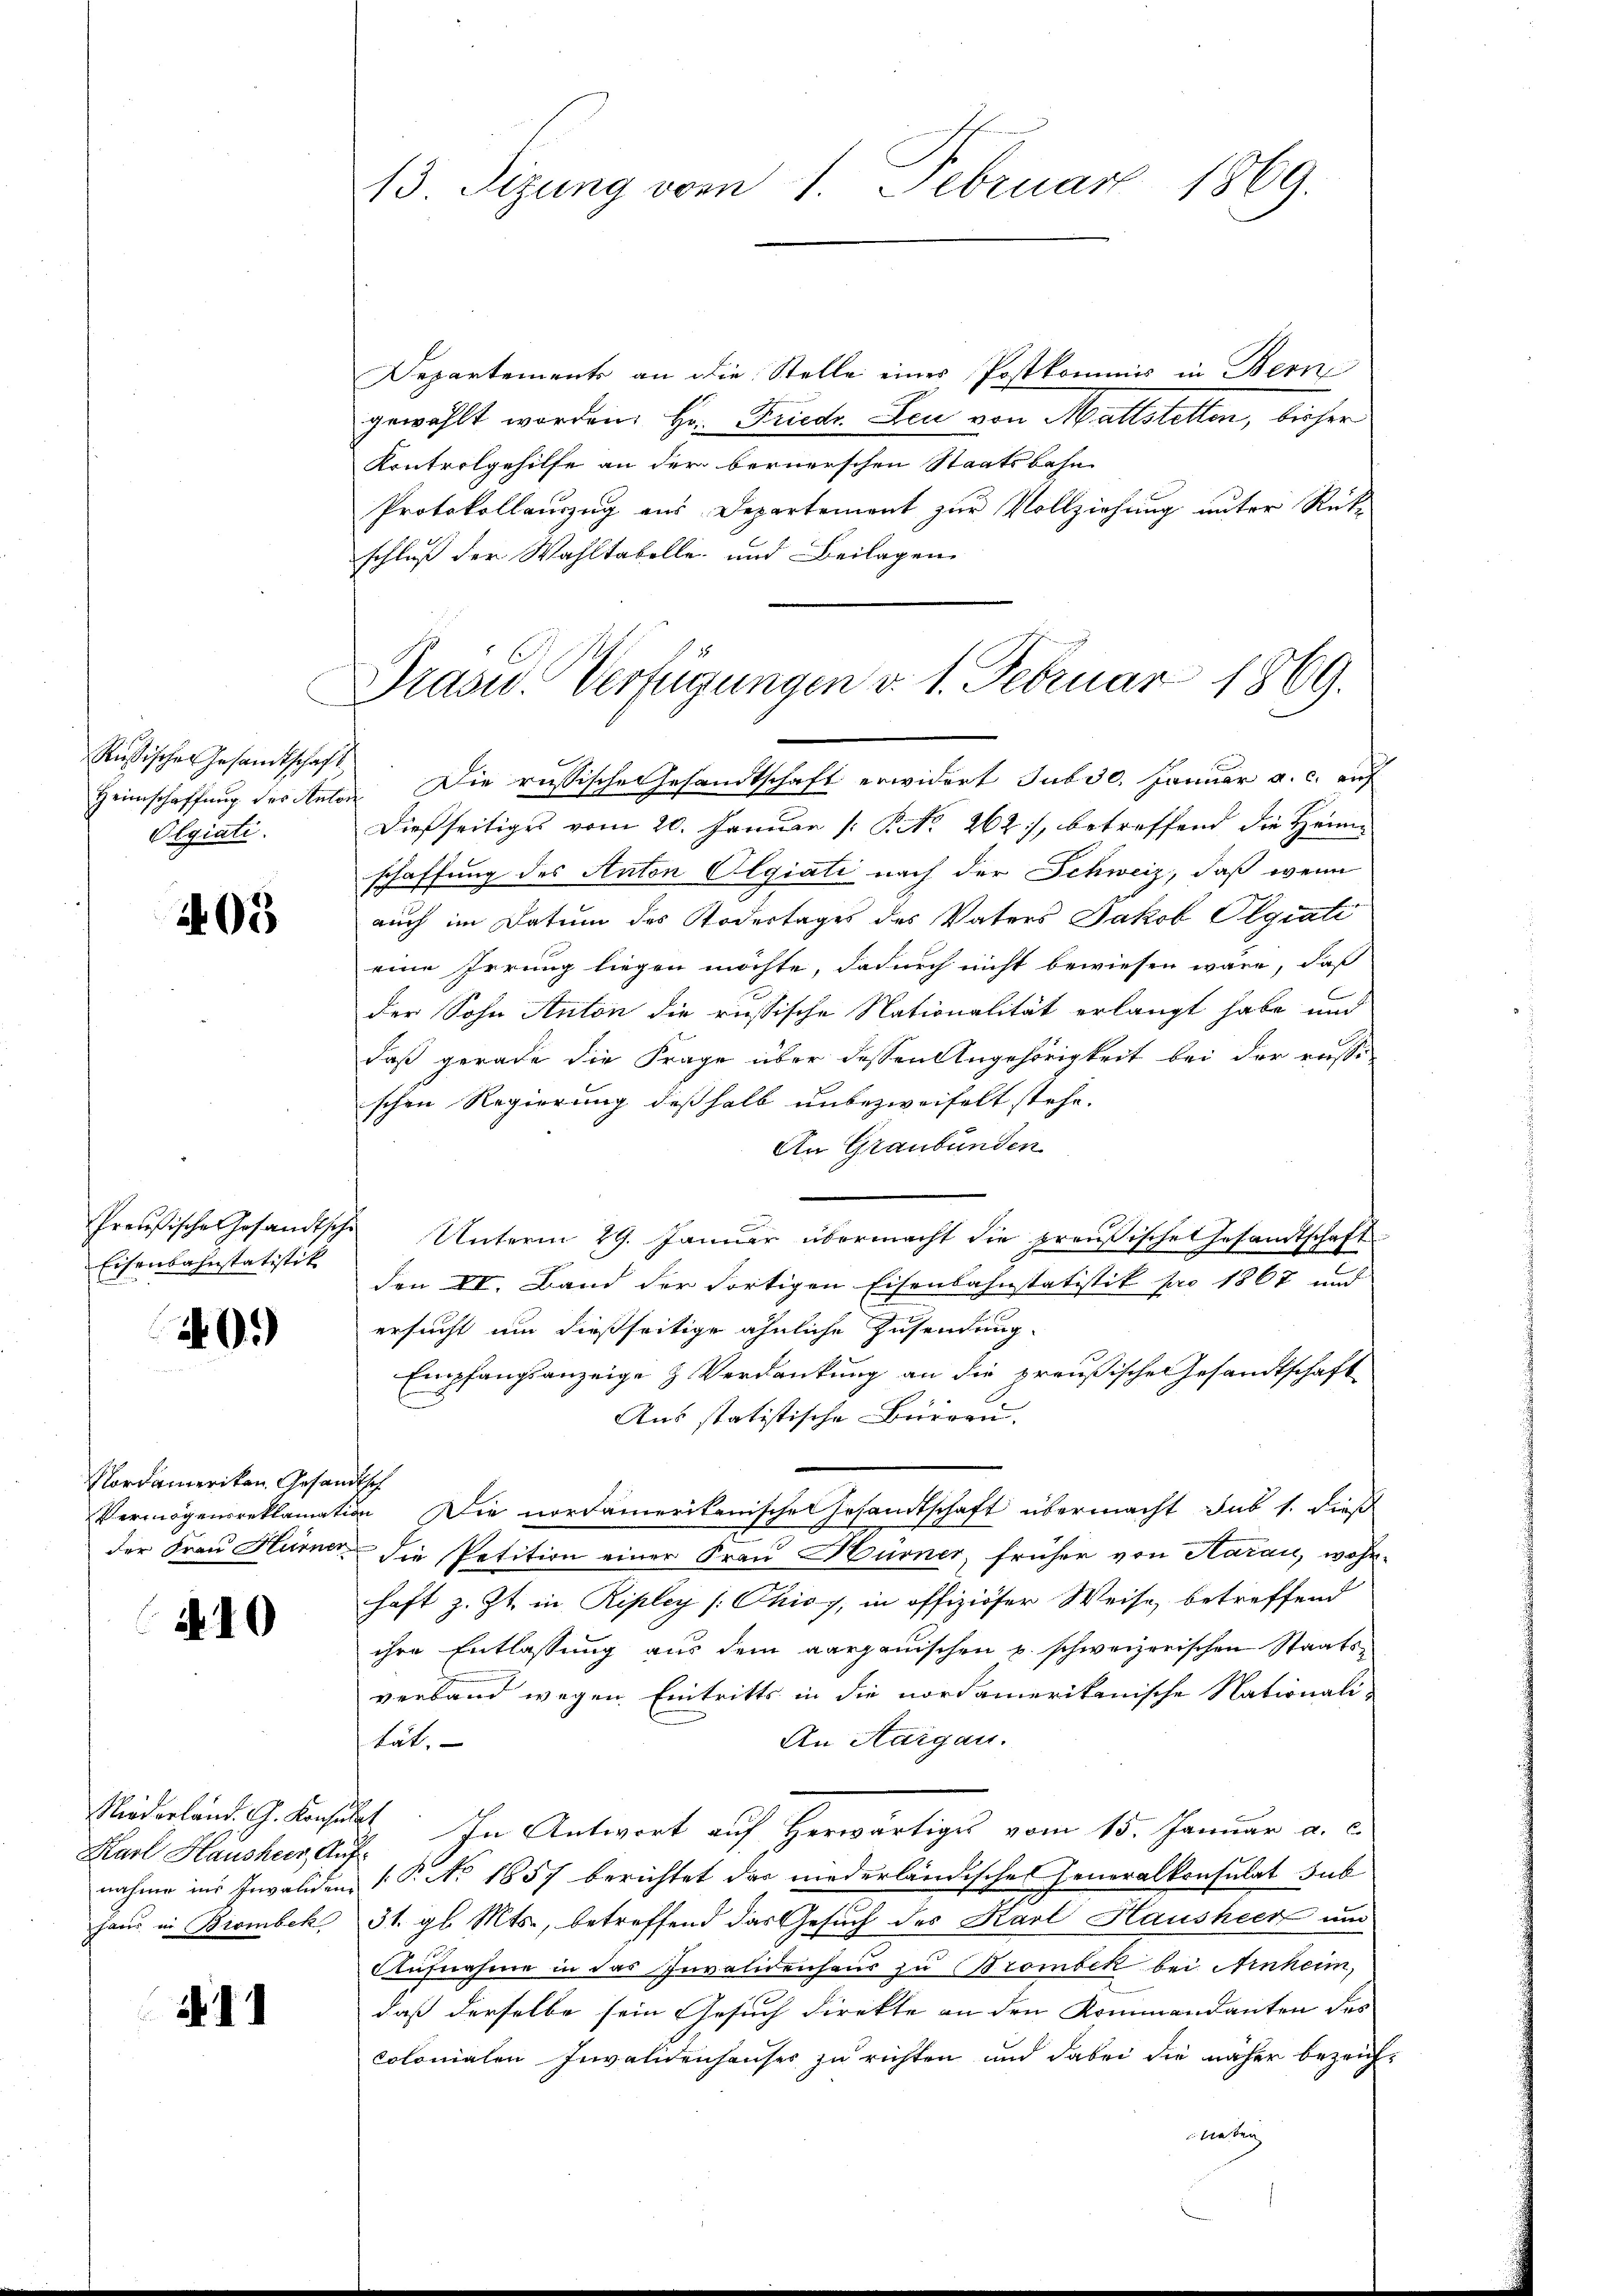
Rußischer Gesandtschaft.
Heimschaffung der Auto
Olgiati.

405

Eisenbahnstatistik

40.

Nordameriken Gesandtsch

10

Karl Hausherr, Aufhaus in Birmbek

11

13 Sizung vom 1. Februar 1869.

Grasw. Verfügungen d. 1. Februar 1869.

Departements an die Stelle eines Postkommis in Bern
gewählt worden, Hr. Friedr. Leu von Mattstetten, bisher
Kontrolgehilfe an der bernerschen Staatsbahn
Protokollauszug aus Departement zur Vollziehung unter Rück-
schluß der Wahltabelle und Beilagen
 Die russische Gesandtschaft erwidert Jubse. Januar a. c. auf
Dießseitiges vom 20. Januar [PNo. 262), betreffend die Heimschaffung des Anton Olgiati nach der Schweiz, daß wenn
auch im Datum des Todestages des Vaters Jakob Olgiati
eine Irrung liegen möchte, dadurch nicht bewiesen wäre, daß
der Sohn Anton die russische Nationalität erlangt habe und
daß gerade die Frage über dessen Angehörigkeit bei der russi-
schen Regierung deßhalb unbezweifelt stehe.
An Graubünden
Preußische Gesandtsche Unterm 29. Januar übermacht die preußische Gesandtschaft
den II. Band der fortigen Eisenbahnstatistik pro 1867 und
ersucht um dießseitige ähnliche Zusendung
Empfangsanzeige & Verdankung an die preußische Gesandtschaft
Aus statistische Büreau-
Vermögensreklamation. Die nordamerikanische Gesandtschaft übermacht sub 1. dieß
der Frau Hurner die Petition einer Frau Hürner, früher von Aarau, wohnhaft z. Zt. in Ripley [Chioy, in offiziöser Weise, betreffend
ihre Entlassung aus dem aargauischen u. schweizerischen Staatsverband wegen Eintritts in die nordamerikanische Nationali-
An Aargau.
tät. |
Niederländ. G. Konsent. In Antwort auf Herwärtige vom 15. Januar a. c.
nahme ins Invalidenz (T. No 1857 berichtet das niederländischen Feueralkonsulat sub
31. gl. Mts., betreffend das Gesuch des Karl Hausheer um
Aufnahme in das Invalidenhaus zu Brombek bei Arnheim,
daß derselbe sein Gesuch direkte an den Kommandanten des
colonialen Invalidenhauses zu richten und dabei die näher bezeig
ubieten